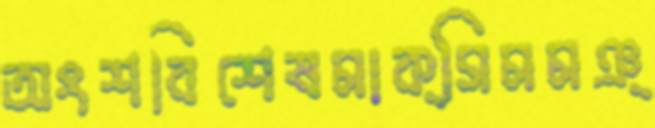
অংশবিশেষমাক্সিমমঞ্